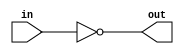
module top_module( input in, output out );
	assign out = ~in;     // ~ is bitwise-NOT  and ! is logic-NOT
endmodule